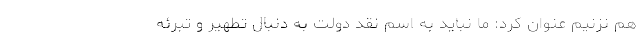
هم نزنیم عنوان کرد: ما نباید به اسم نقد دولت به دنبال تطهیر و تبرئه